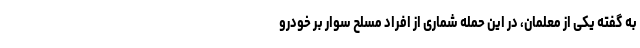
به گفته یکی از معلمان، در این حمله شماری از افراد مسلح سوار بر خودرو